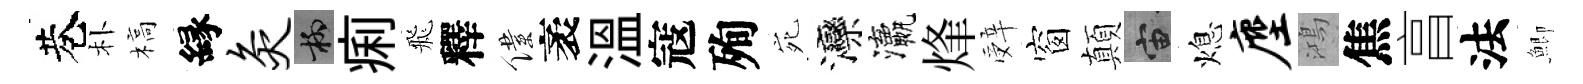
巷朴槁縁灸柳痢飛釋僕袤溫寇殉宛灤瀛烽辤窗顛宙熄麈鴻焦亯法鯽